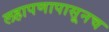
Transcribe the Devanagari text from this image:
लहापणापासूनच